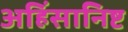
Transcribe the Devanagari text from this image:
अहिंसानिष्ट